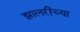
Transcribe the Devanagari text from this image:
झालरीच्या